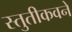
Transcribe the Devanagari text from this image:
स्तुतीकवने